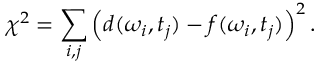
\chi ^ { 2 } = \sum _ { i , j } \left( d ( \omega _ { i } , t _ { j } ) - f ( \omega _ { i } , t _ { j } ) \right) ^ { 2 } .